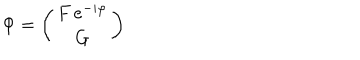
LaTeX: \Phi = \left( \begin{array} { c } { { F \, e ^ { - i \varphi } } } \\ { { G } } \\ \end{array} \right)